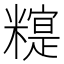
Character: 𰫒